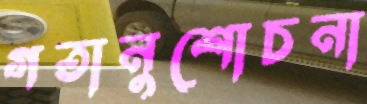
গতানুশোচনা